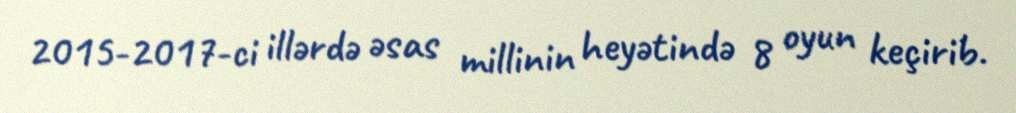
2015-2017-ci illərdə əsas millinin heyətində 8 oyun keçirib.